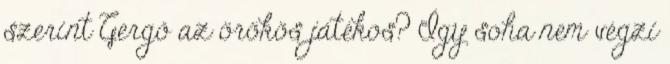
szerint Gergő az örökös játékos? Így soha nem végzi